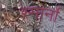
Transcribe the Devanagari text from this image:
स्मार्ना